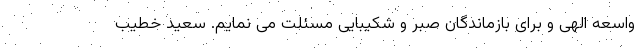
واسعه الهی و برای بازماندگان صبر و شکیبایی مسئلت می‌ نمایم. سعید خطیب